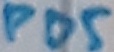
Text: PD5